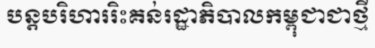
បន្តបរិហាររិះគន់រដ្ឋាភិបាលកម្ពុជាជាថ្មី